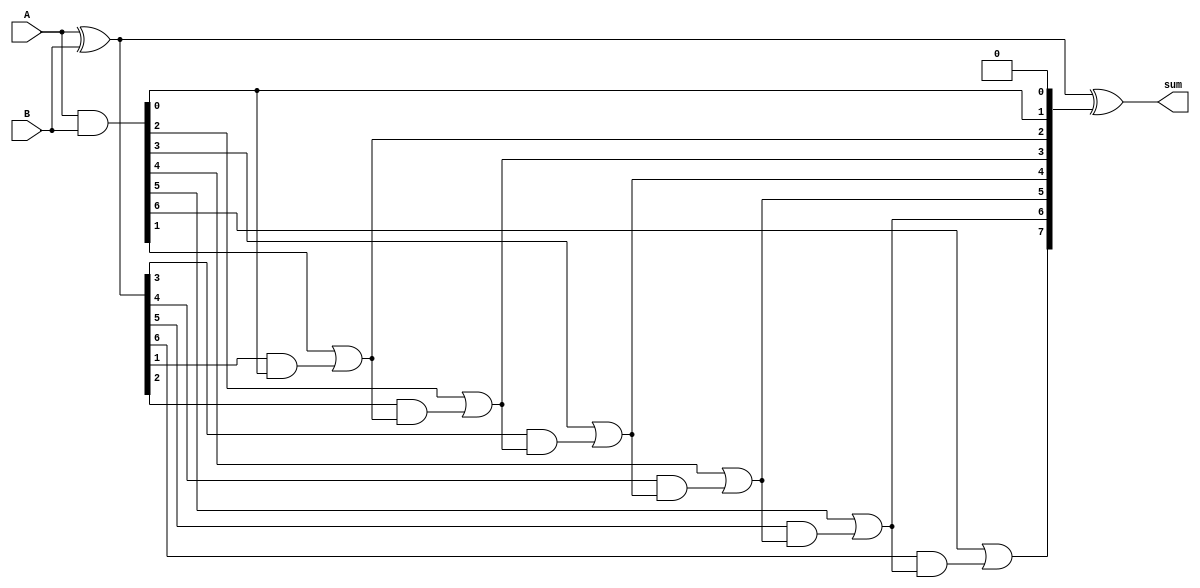
module CLAA(sum,A,B);
    input[7:0] A,B;
    output [7:0] sum;

    wire [7:0] P,Q;  //wires for storing the generator and 
    assign P=A&B;    //propogator values
    assign Q=A^B;
    reg[8:0] carry;  // register to store the carry values of each bit
    integer i;
    always @(*) begin
        carry[0]=0;
        for(i = 0; i < 8; i = i+1) begin
            carry[i+1] = P[i] | (Q[i] & carry[i]); //implenting the formula for
        end                                        //each carry bit
    end
    assign sum=(Q)^carry;     //final step for sum registers (A^B)^Carry
endmodule